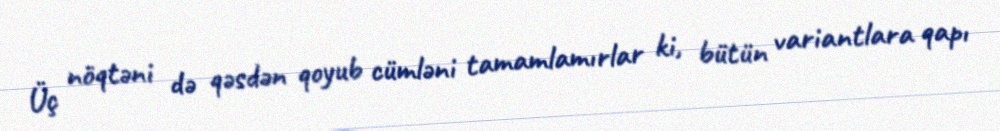
Üç nöqtəni də qəsdən qoyub cümləni tamamlamırlar ki, bütün variantlara qapı